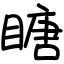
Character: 瞊